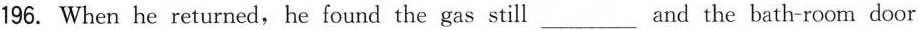
196. When he returned,he found the gas still___and the bath-room door